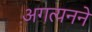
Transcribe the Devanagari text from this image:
अगत्यनने